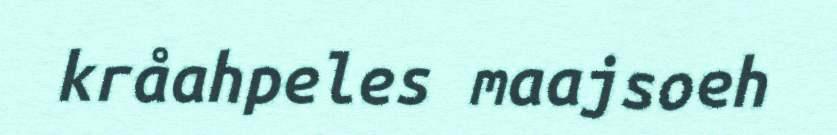
kråahpeles maajsoeh